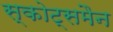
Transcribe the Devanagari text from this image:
स्कोट्समैन